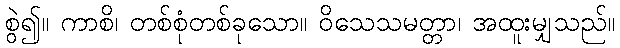
စွဲ၍။ ကာစိ၊ တစ်စုံတစ်ခုသော။ ဝိသေသမတ္တာ၊ အထူးမျှသည်။